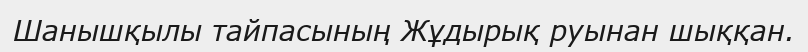
Шанышқылы тайпасының Жұдырық руынан шыққан.